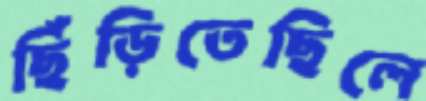
ছিঁড়িতেছিলে